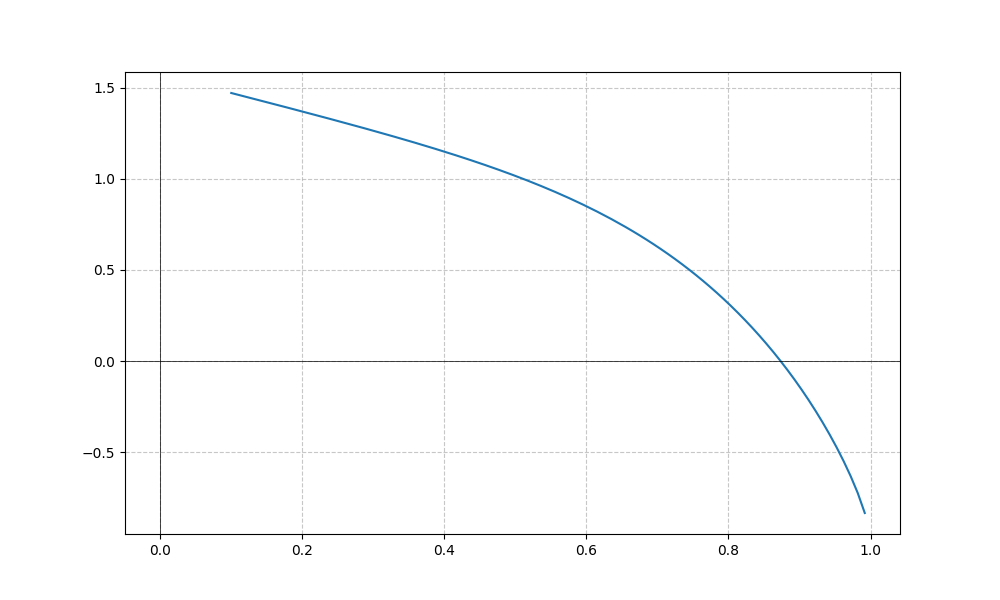
LaTeX formula: - x^{5} + \operatorname{acos}{\left(x \right)}